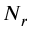
N _ { r }